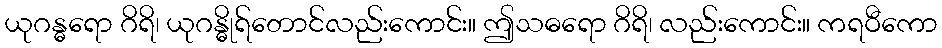
ယုဂန္ဓရော ဂိရိ၊ ယုဂန္ဓိုရ်တောင်လည်းကောင်း။ ဤသဓရော ဂိရိ၊ လည်းကောင်း။ ကရဝီကော